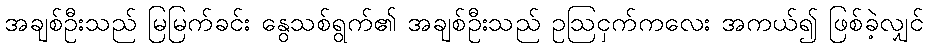
အချစ်ဦးသည် မြမြက်ခင်း နွေသစ်ရွက်၏ အချစ်ဦးသည် ဥဩငှက်ကလေး အကယ်၍ ဖြစ်ခဲ့လျှင်